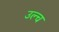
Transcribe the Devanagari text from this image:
उल्च